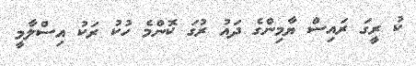
ކު ރީގަ ރައިސް ޔާމިންގެ ދައު ރުގަ ކޮންމެ ހުކު ރަކު އިސްލާމީ